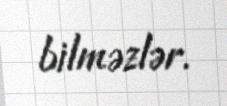
bilməzlər.